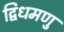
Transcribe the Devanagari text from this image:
द्विधमणु